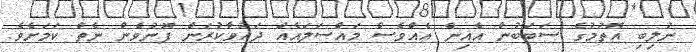
ނުލިބި އޮތުމުގެ ސަބަބުން އެއިން އެއްވެސް މައްސަލައެއް ދައުވާކުރަން ފޮނުވެން ނެތް ކަމަށެވެ.